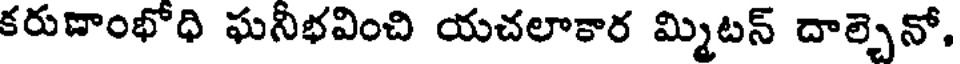
కరుణాంభోధి ఘనీభవించి యచలాకార మ్మిటన్ దాల్చెనో,